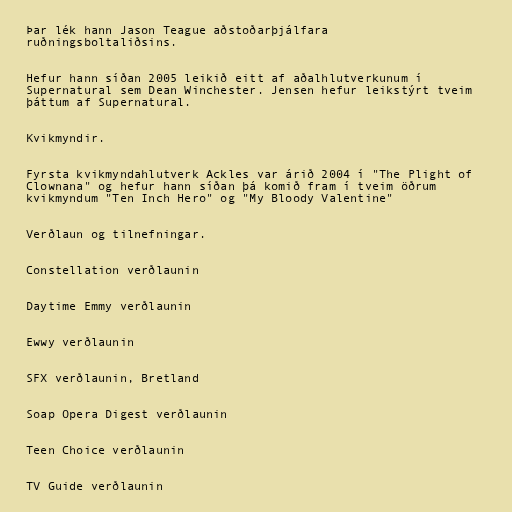
Þar lék hann Jason Teague aðstoðarþjálfara
ruðningsboltaliðsins.

Hefur hann síðan 2005 leikið eitt af aðalhlutverkunum í
Supernatural sem Dean Winchester. Jensen hefur leikstýrt tveim
þáttum af Supernatural.

Kvikmyndir.

Fyrsta kvikmyndahlutverk Ackles var árið 2004 í "The Plight of
Clownana" og hefur hann síðan þá komið fram í tveim öðrum
kvikmyndum "Ten Inch Hero" og "My Bloody Valentine"

Verðlaun og tilnefningar.

Constellation verðlaunin

Daytime Emmy verðlaunin

Ewwy verðlaunin

SFX verðlaunin, Bretland

Soap Opera Digest verðlaunin

Teen Choice verðlaunin

TV Guide verðlaunin